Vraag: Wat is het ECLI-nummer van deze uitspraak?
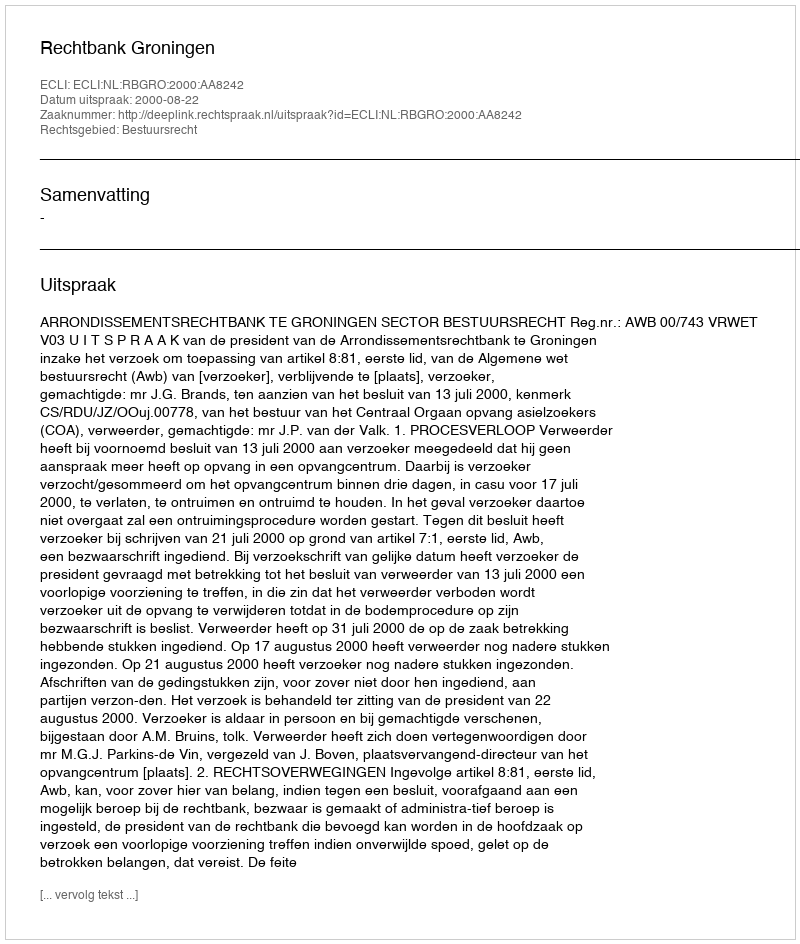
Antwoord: ECLI:NL:RBGRO:2000:AA8242